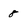
Character: 8